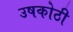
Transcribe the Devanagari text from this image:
उषकोठी